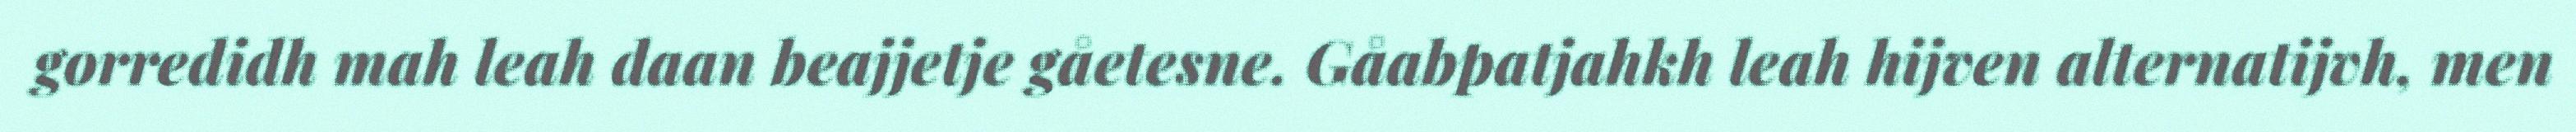
gorredidh mah leah daan beajjetje gåetesne. Gåabpatjahkh leah hijven alternatijvh, men